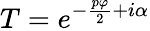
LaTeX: T=e^{-\frac{p\varphi}{2}+i\alpha}